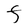
Character: F